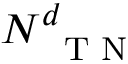
N _ { \mathrm { ~ \scriptsize ~ T ~ N ~ } } ^ { \boldsymbol d }